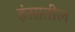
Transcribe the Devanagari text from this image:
हंसातील